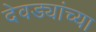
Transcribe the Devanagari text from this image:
देवड्यांच्या